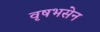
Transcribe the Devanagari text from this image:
वृषभसेन